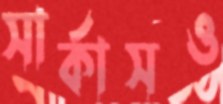
সার্কাসও